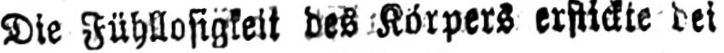
Die Fühllosigkeit des Körpers erstickte dei